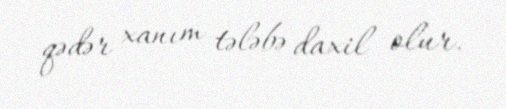
qədər xanım tələbə daxil olur.